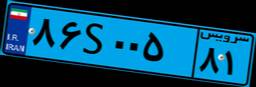
۳۷S۹۱۹۷۵